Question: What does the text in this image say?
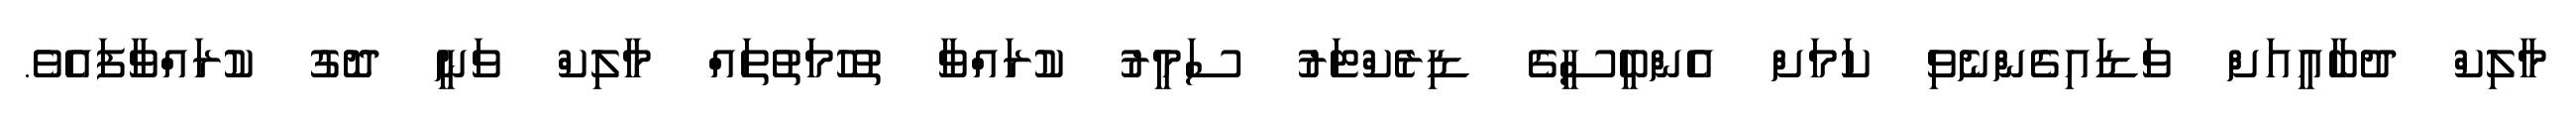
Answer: މާލިކް ދުބާއީއަށް ވަޑައިގެންނެވި ކަމަށް އެންބީސީގެ ޑިރެކްޓަރު ސަމީރު ކުރައްވާ ތުހުމަތުތައް މާލިކް ވަނީ ދޮގު ކުރައްވާފައެވެ.